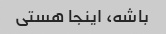
باشه، اینجا هستی